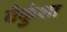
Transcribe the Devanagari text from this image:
वेकुंशा